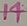
Text: 14